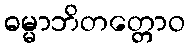
ဓမ္မာဘိတတ္တောဝ